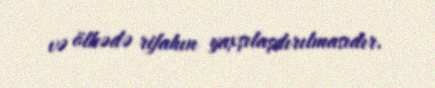
və ölkədə rifahın yaxşılaşdırılmasıdır.